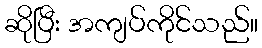
ဆိုပြီး အကျပ်ကိုင်သည်။